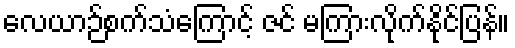
လေယာဉ်စက်သံကြောင့် ဇင် မကြားလိုက်နိုင်ပြန်။